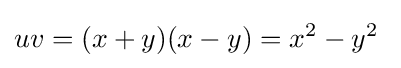
uv=(x+y)(x-y)=x^{2}-y^{2}~